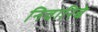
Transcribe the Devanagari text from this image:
निवारिबे